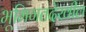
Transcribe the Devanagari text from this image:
भूमिगतदेखील